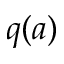
q ( a )